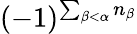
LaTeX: (-1)^{\sum_{\beta<\alpha}n_{\beta}}